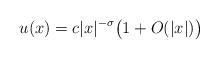
LaTeX: \begin{align*}u(x) = c |x|^{-\sigma} \bigl(1 + O(|x|)\bigr)\end{align*}